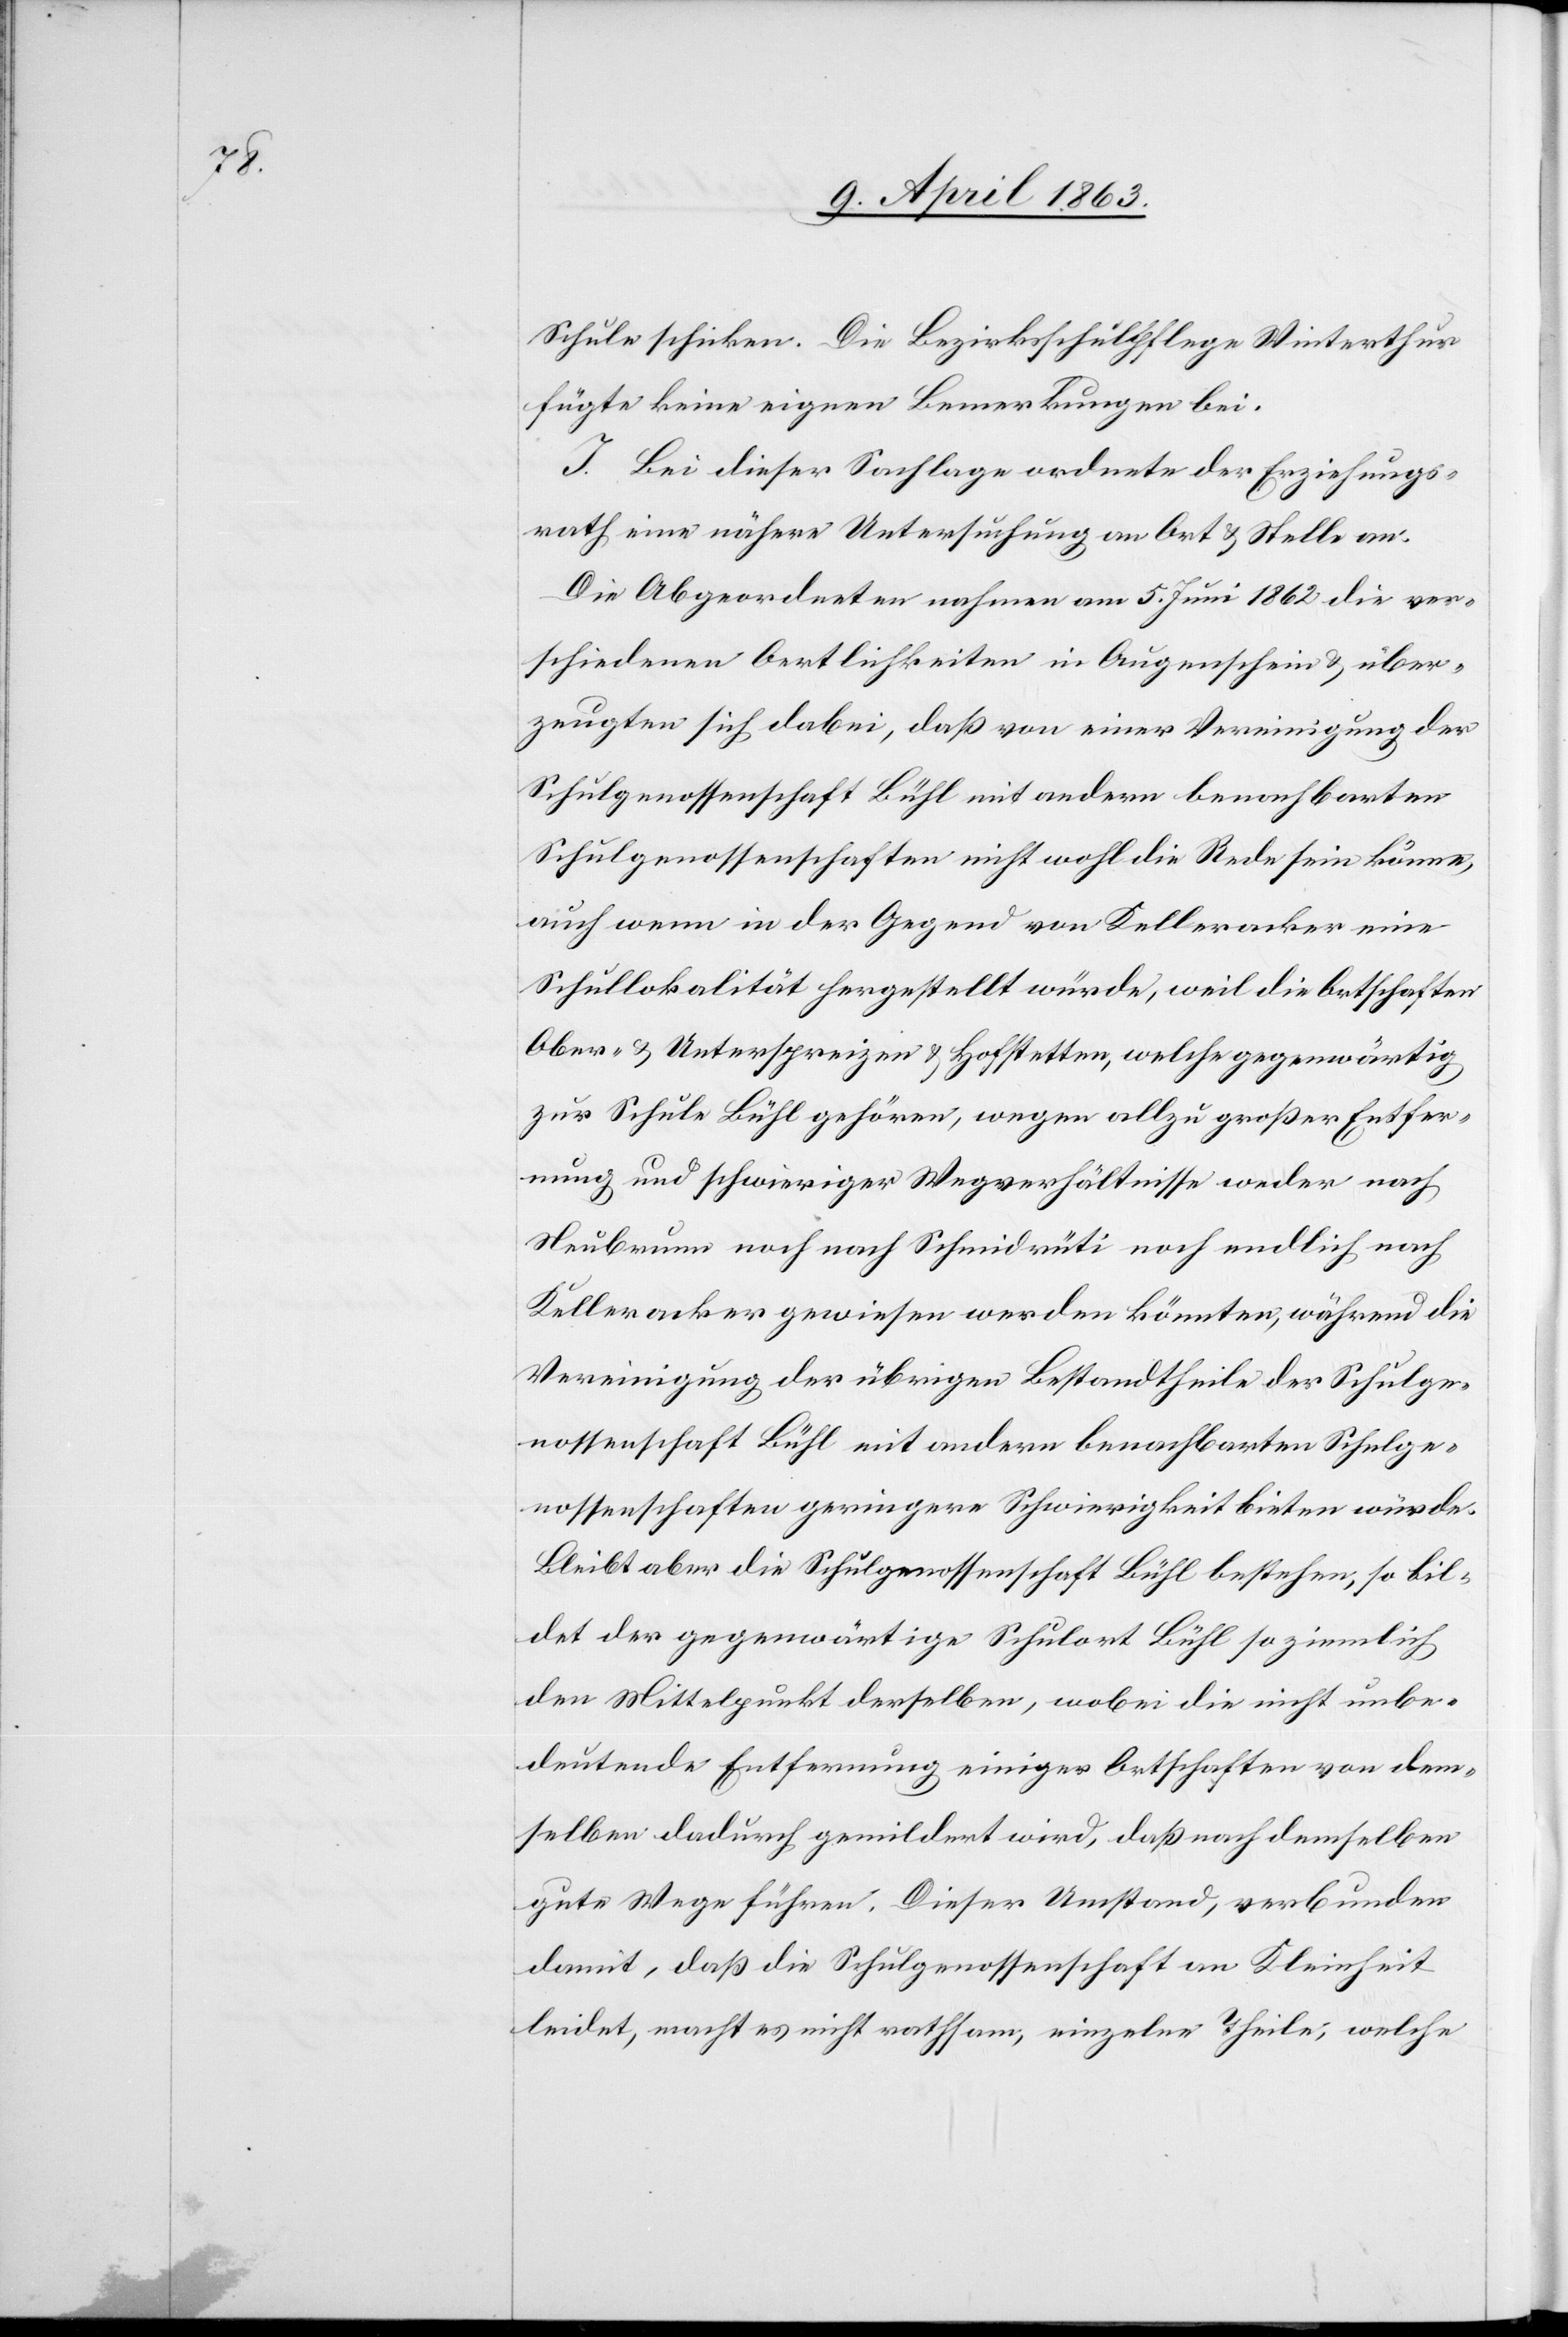
Schule schicken. Die Bezirksschulpflege Winterthur
fügte keine eigenen Bemerkungen bei.
I. Bei dieser Sachlage ordnete der Erziehungs¬
rath eine nähere Untersuchung an Ort & Stelle an:
Die Abgeordneten nahmen am 5. Juni 1862 die ver¬
schiedenen Oertlichkeiten in Augenschein & über¬
zeugten sich dabei, daß von einer Vereinigung der
Schulgenossenschaft Bühl mit andern benachbarten
Schulgenossenschaften nicht wohl die Rede sein könne,
auch wenn in der Gegend von Kelleracker eine
Schullokalität hergestellt würde, weil die Ortschaften
Ober- & Unterspreizen & Hofstetten, welche gegenwärtig
zur Schule Bühl gehören, wegen allzugroßer Entfer¬
nung und schwieriger Wegverhältnisse weder nach
Neubrunn noch nach Schmidrüti noch endlich nach
Kelleracker gewiesen werden könnten, während die
Vereinigung der übrigen Bestandtheile der Schulge¬
nossenschaft Bühl mit andern benachbarten Schulge¬
nossenschaften geringere Schwierigkeit bieten würde.
Bleibt aber die Schulgenossenschaft Bühl bestehen, so bil¬
det der gegenwärtige Schulort Bühl so ziemlich
den Mittelpunkt derselben, wobei die nicht unbe¬
deutende Entfernung einiger Ortschaften von dem¬
selben dadurch gemildert wird, daß nach demselben
gute Wege führen. Dieser Umstand, verbunden
damit, daß die Schulgenossenschaft an Kleinheit
leidet, macht es nicht rathsam, einzelne Theile, welche